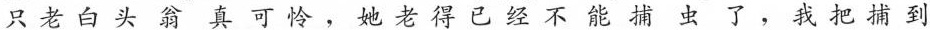
只老白头翁真可怜，她老得已经不能捕虫了，我把捕到